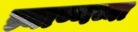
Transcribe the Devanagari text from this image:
त्र्याण्णव्या